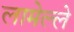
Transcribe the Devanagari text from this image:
लामेल्ले